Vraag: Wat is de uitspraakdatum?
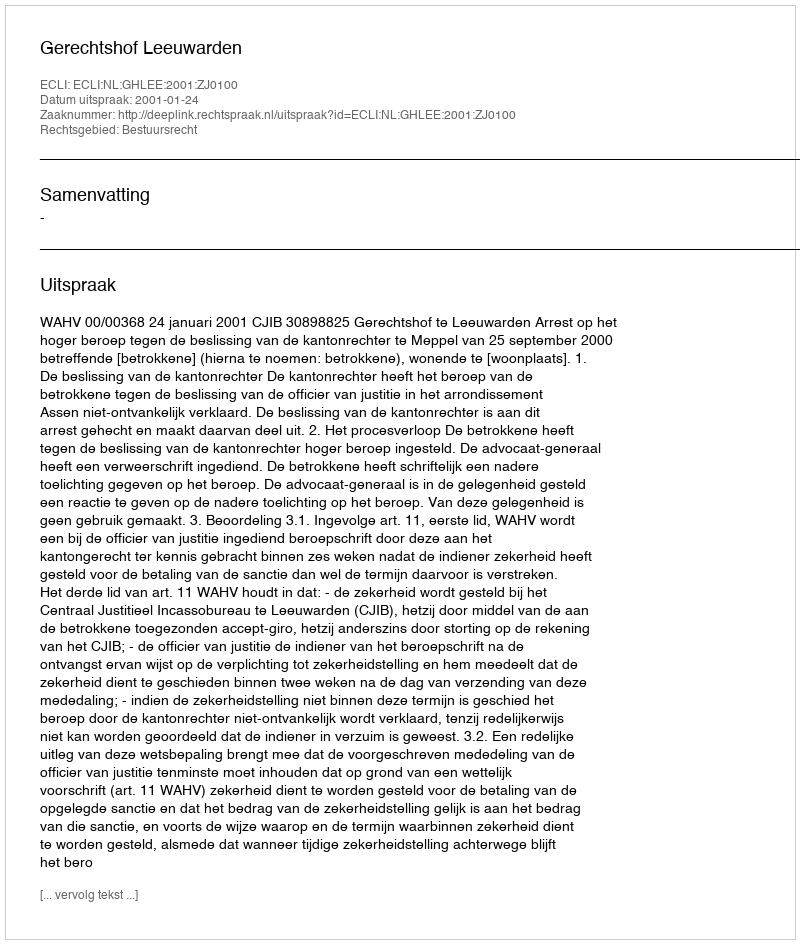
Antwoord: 2001-01-24